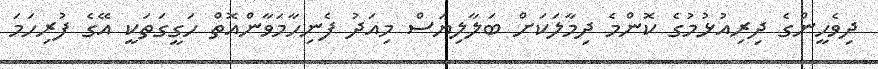
ދިވެހީންގެ ދިރިއުޅުމުގެ ކޮންމެ ދިމާލަކަށް ބަލާލިޔަސް މިއަދު ފެނިހާމަވާންއޮތް ހަގީގަތަކީ އޭގެ ފުރިހަމަ